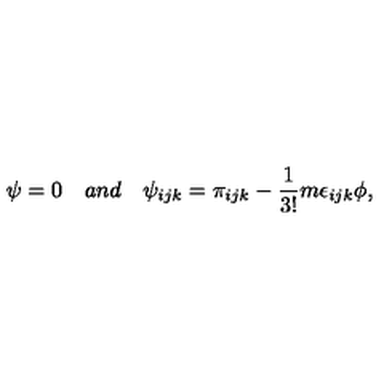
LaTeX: \psi = 0 \quad a n d \quad \psi _ { i j k } = \pi _ { i j k } - \frac { 1 } { 3 ! } m \epsilon _ { i j k } \phi ,